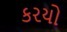
કરયો